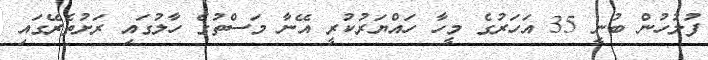
ފުލުހުން ބުނީ 35 އަހަރުގެ މީހާ ހައްޔަރުކުރީ އޭނާ މަސްތުގެ ހާލުގައި ރަށުތެރޭގައި